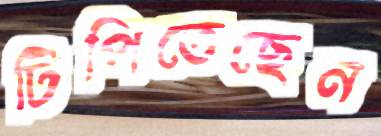
টিপিতেছেন